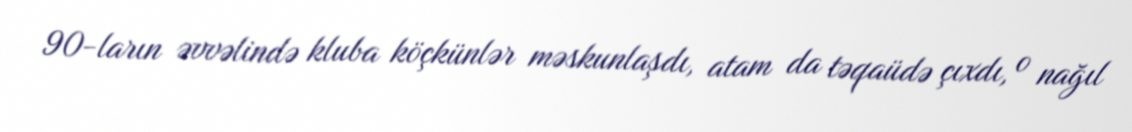
90-ların əvvəlində kluba köçkünlər məskunlaşdı, atam da təqaüdə çıxdı, o nağıl